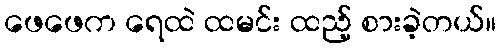
ဖေဖေက ရေထဲ ထမင်း ထည့် စားခဲ့တယ်။